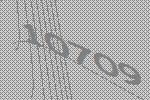
10709